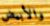
والأبيض